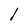
Character: l